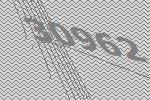
30962